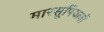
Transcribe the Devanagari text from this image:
मारसूपियलों